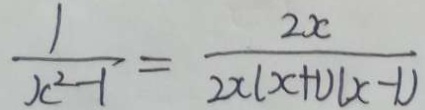
\frac { 1 } { x ^ { 2 } - 1 } = \frac { 2 x } { 2 x ( x + 1 ) ( x - 1 ) }